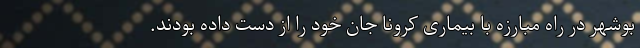
بوشهر در راه مبارزه با بیماری کرونا جان خود را از دست داده بودند.